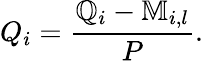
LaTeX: Q_{i}=\frac{\mathbb{Q}_{i}-\mathbb{M}_{i,l}}{P}.